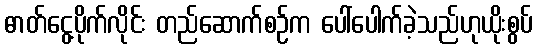
ဓာတ်ငွေ့ပိုက်လိုင်း တည်ဆောက်စဉ်က ပေါ်ပေါက်ခဲ့သည်ဟုယိုးစွပ်